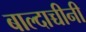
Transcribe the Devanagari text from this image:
बाल्दाच्चीनी